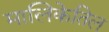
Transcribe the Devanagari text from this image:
मालिकेतिल